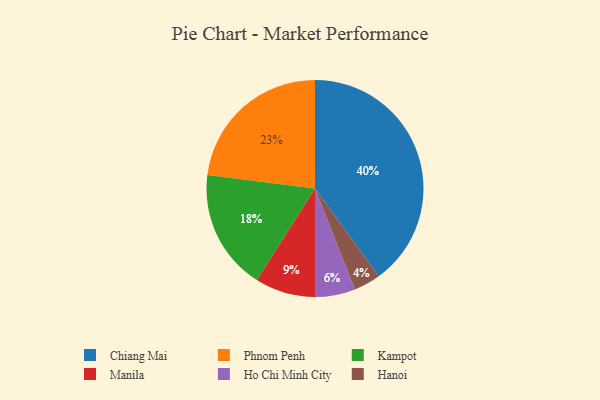
{"axis": {"x": "Category", "y": "Percentage"}, "legend": ["Chiang Mai", "Hanoi", "Ho Chi Minh City", "Kampot", "Manila", "Phnom Penh"], "data": [{"x": "Chiang Mai", "y": 40, "type": "Chiang Mai"}, {"x": "Kampot", "y": 18, "type": "Kampot"}, {"x": "Hanoi", "y": 4, "type": "Hanoi"}, {"x": "Ho Chi Minh City", "y": 6, "type": "Ho Chi Minh City"}, {"x": "Manila", "y": 9, "type": "Manila"}, {"x": "Phnom Penh", "y": 23, "type": "Phnom Penh"}]}